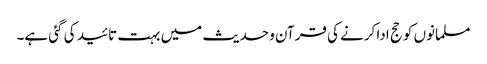
مسلمانوں کو حج ادا کرنے کی قرآن و حدیث میں بہت تائید کی گئی ہے۔